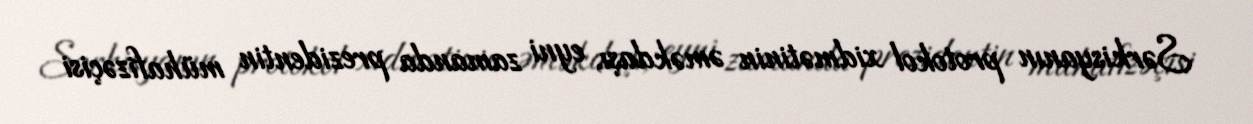
Sərkisyanın protokol xidmətinin əməkdaşı, eyni zamanda prezidentin mühafizəçisi